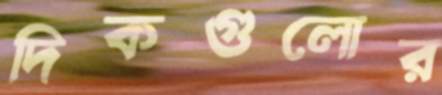
দিকগুলোর